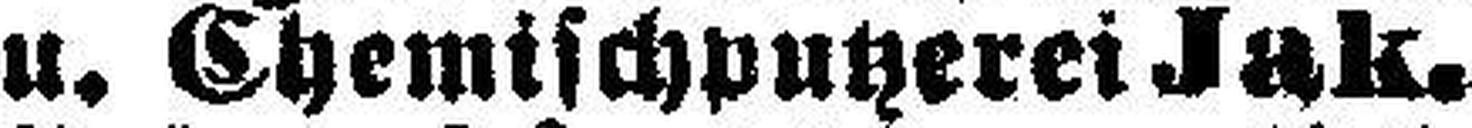
u. Chemischputzerei Jak.